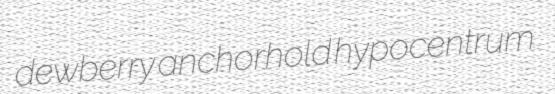
dewberry anchorhold hypocentrum